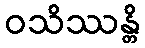
ဝသိဿန္တိ